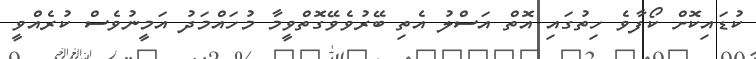
ކުޑައިކޮށް ކޯފާވެ ހިތުގައި އޮތް އަސްލު އެތި ބޭރުވެވޭގޮތްވީމާ މުހައްމަދު އަމީނުވެސް ކުރެއްވީ